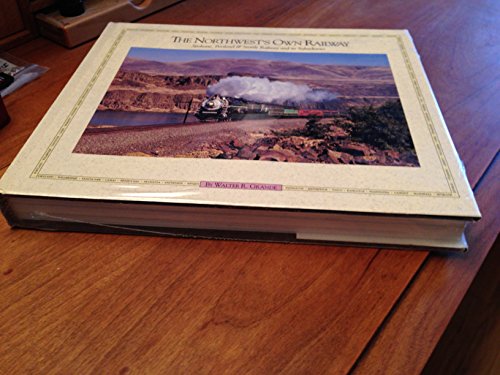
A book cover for The Northwest's Own Railway, Spokane Portland & Seattle, Vol. 1: The Main Line; Walter R. Grande; Travel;